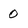
Character: 0